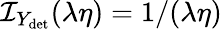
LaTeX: \mathcal{I}_{Y_{\mathrm{det}}}(\lambda\eta)={{1}/{(\lambda\eta)}}